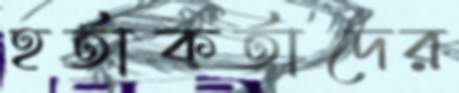
হর্তাকর্তাদের